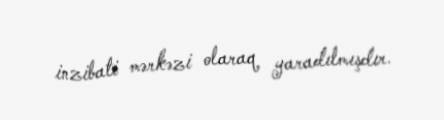
inzibati mərkəzi olaraq yaradılmışdır.